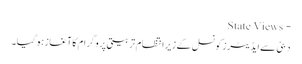
- State Views
دبئی سےایڈیٹرزکونسل کےزیرانتظام تربیتی پروگرام کاآغازہوگیا۔